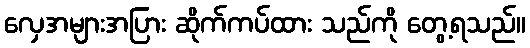
လှေအများအပြား ဆိုက်ကပ်ထား သည်ကို တွေ့ရသည်။